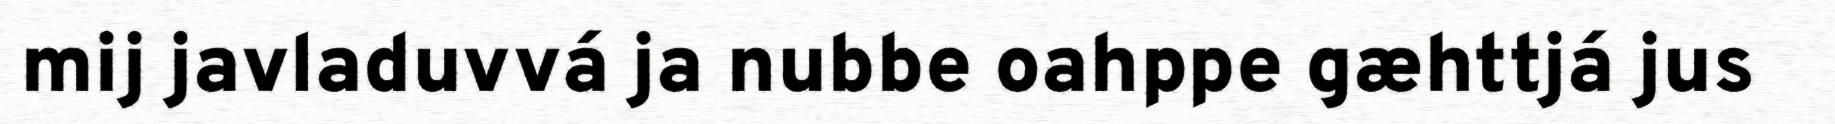
mij javladuvvá ja nubbe oahppe gæhttjá jus